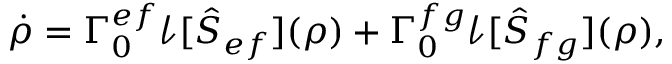
\dot { \rho } = \Gamma _ { 0 } ^ { e f } \mathcal { l } [ \hat { S } _ { e f } ] ( \rho ) + \Gamma _ { 0 } ^ { f g } \mathcal { l } [ \hat { S } _ { f g } ] ( \rho ) ,